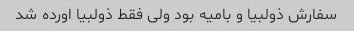
سفارش ذولبیا و بامیه بود ولی فقط ذولبیا اورده شد